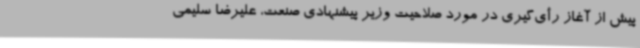
پیش از آغاز رأی‌گیری در مورد صلاحیت وزیر پیشنهادی صنعت، علیرضا سلیمی